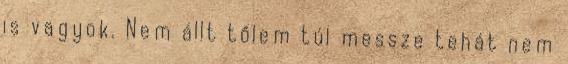
is vagyok. Nem állt tőlem túl messze tehát nem